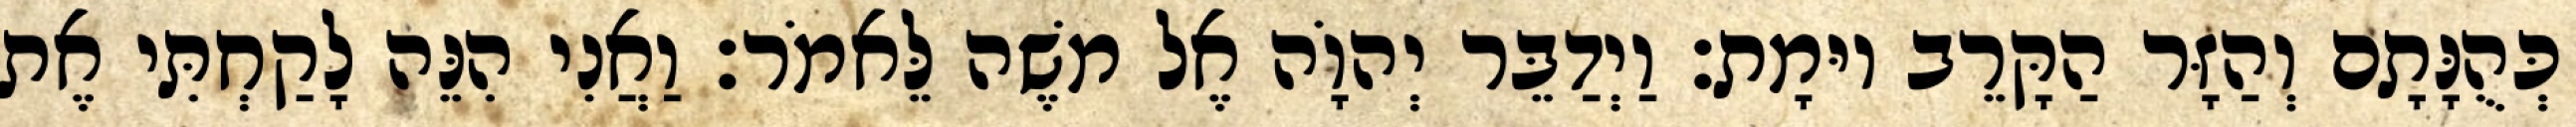
כְּהֻנָּתָם וְהַזָּר הַקָּרֵב יוּמָת׃ וַיְדַבֵּר יְהוָֹה אֶל משֶׁה לֵּאמֹר׃ וַאֲנִי הִנֵּה לָקַחְתִּי אֶת